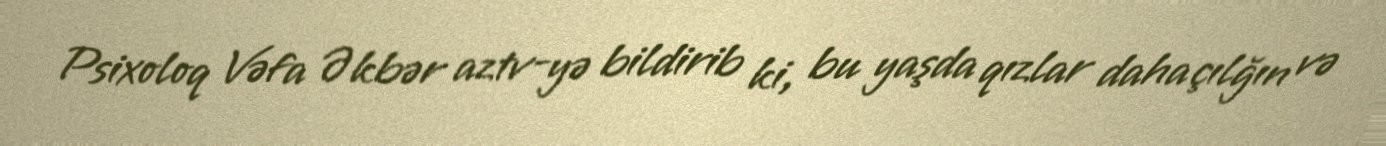
Psixoloq Vəfa Əkbər aztv-yə bildirib ki, bu yaşda qızlar daha çılğın və